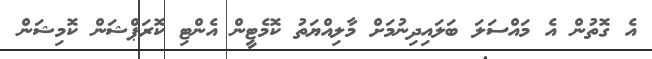
އެ ގޮތުން އެ މައްސަލަ ބަލައިދިނުމަށް މާލިއްޔަތު ކޮމެޓީން އެންޓި ކޮރަޕްޝަން ކޮމިޝަން